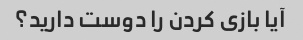
آیا بازی کردن را دوست دارید؟